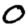
Digit: 0